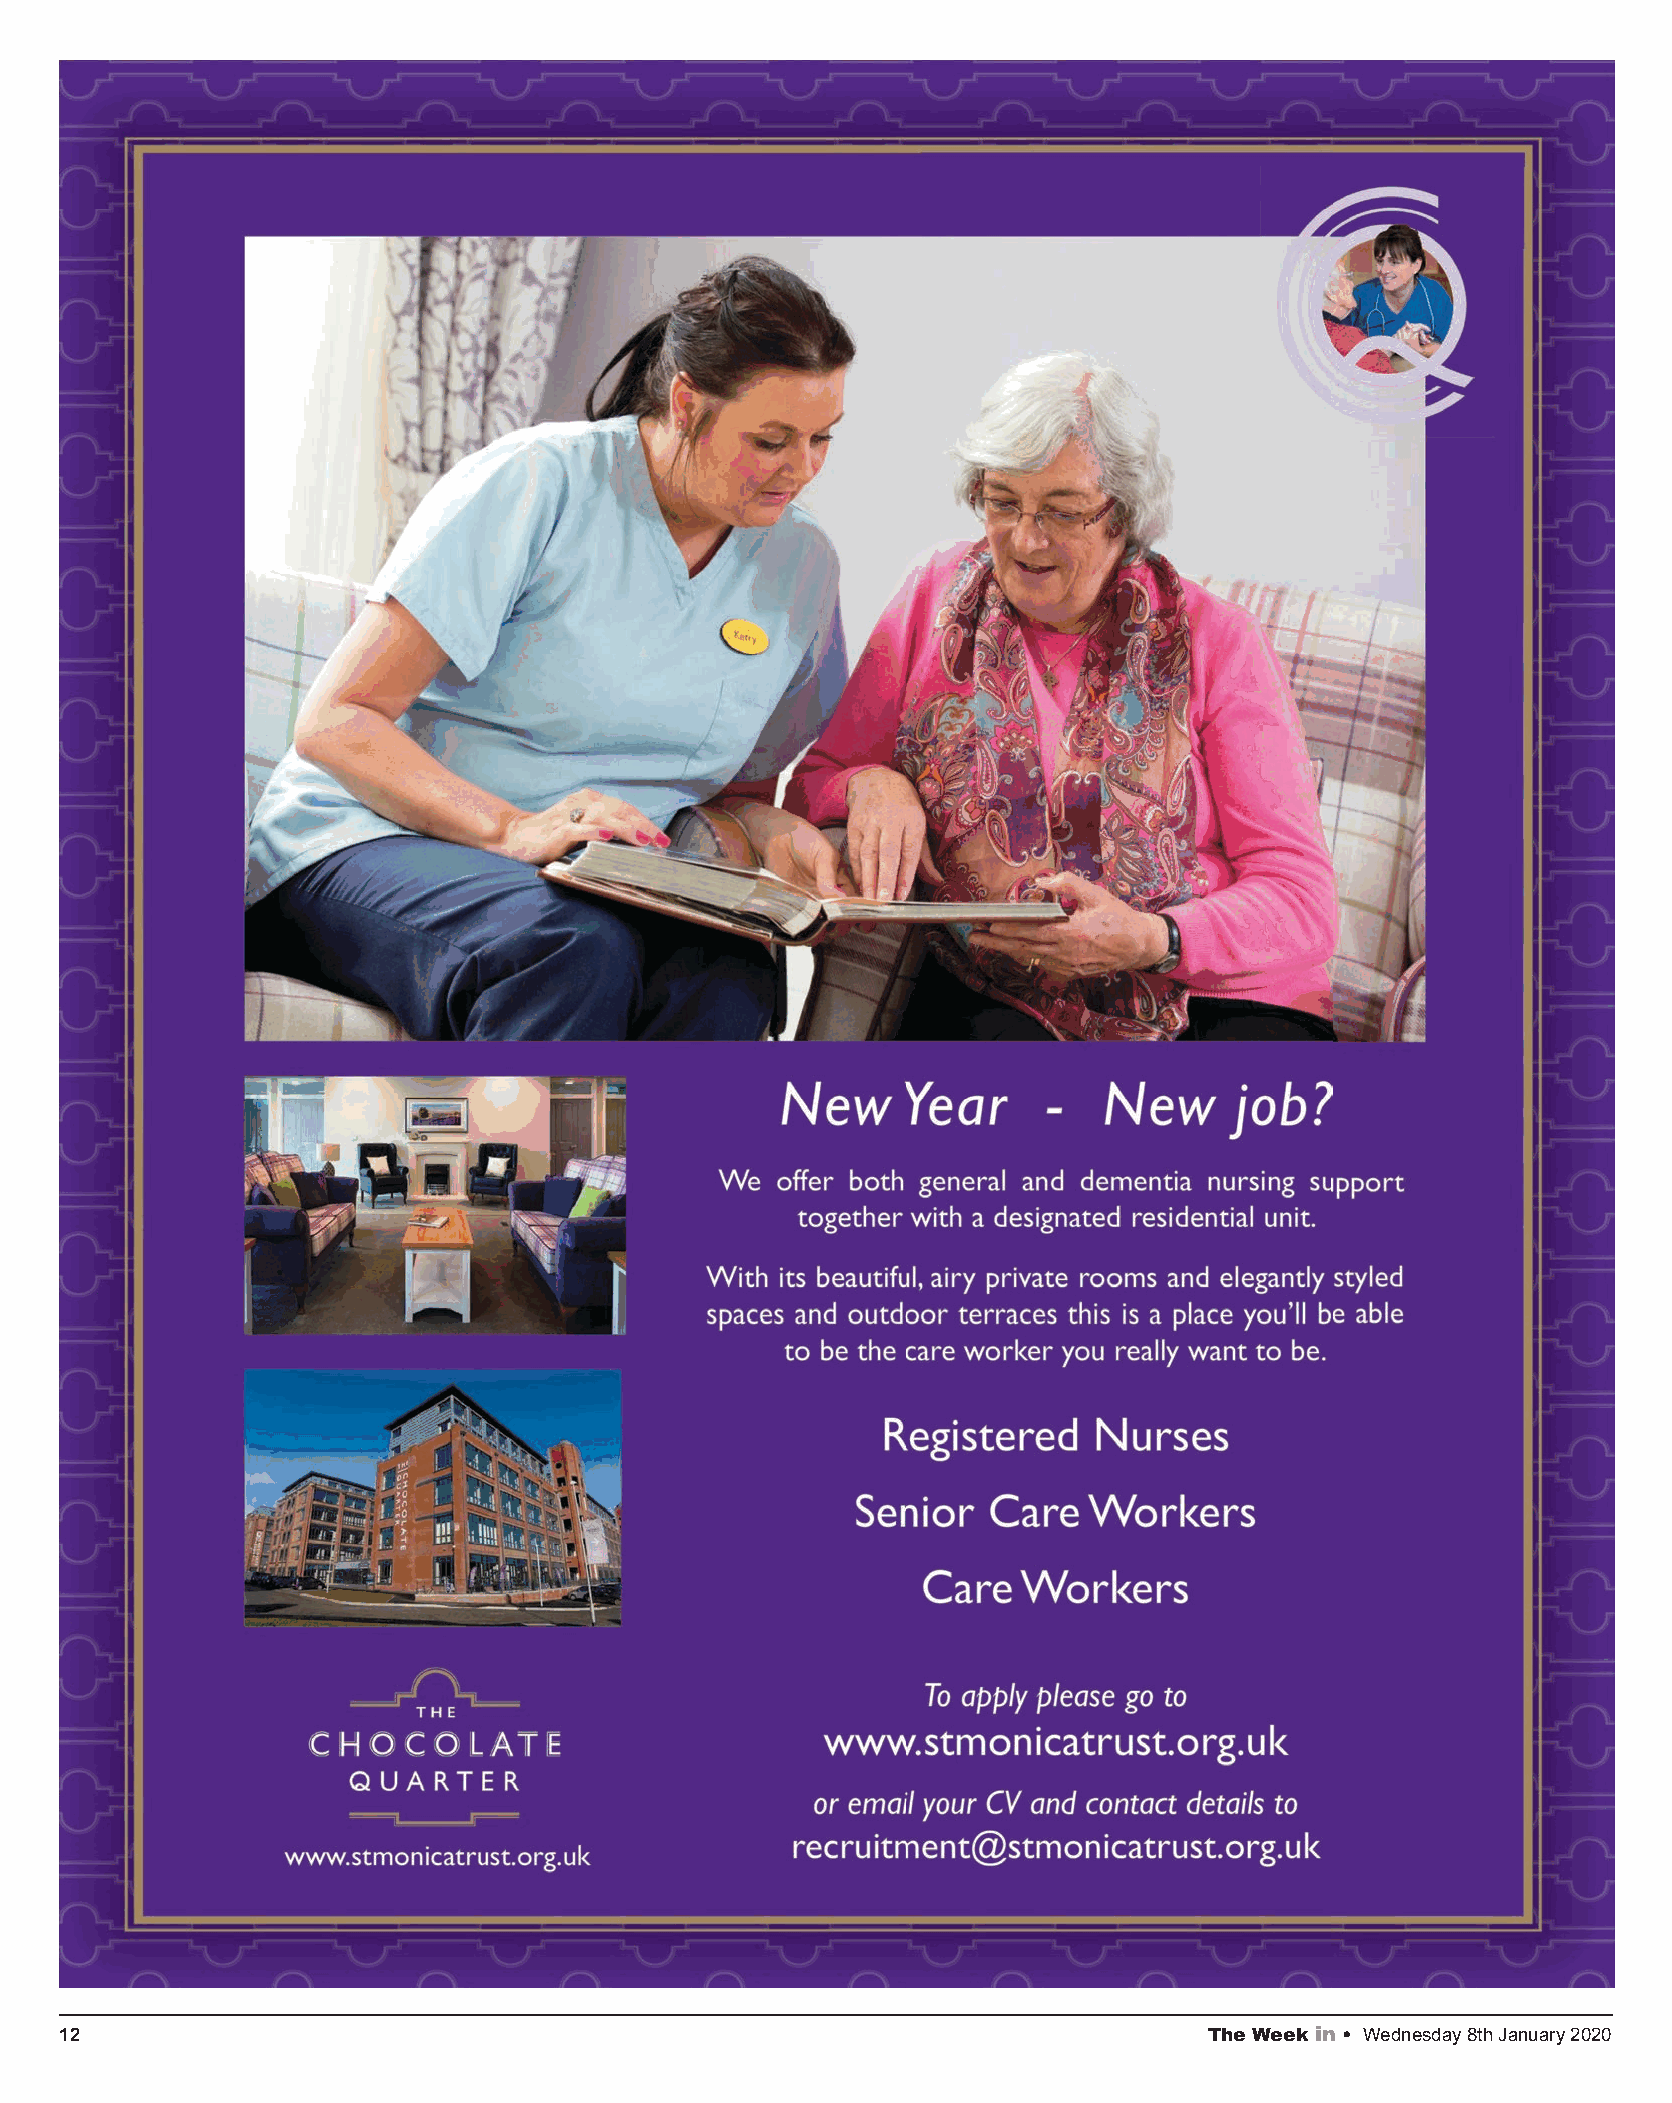
12                                                                          The Week in • Wednesday 8th January 2020